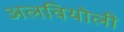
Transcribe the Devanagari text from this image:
अलवियोली